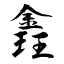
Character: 錱